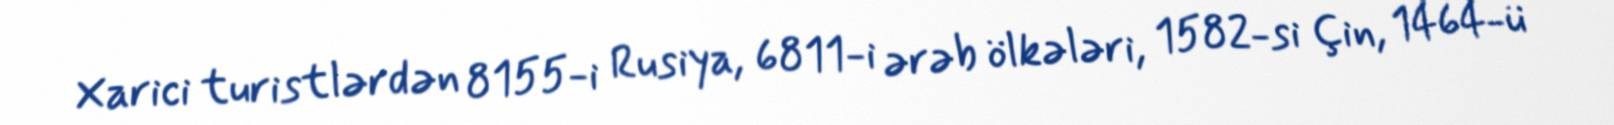
Xarici turistlərdən 8155-i Rusiya, 6811-i ərəb ölkələri, 1582-si Çin, 1464-ü